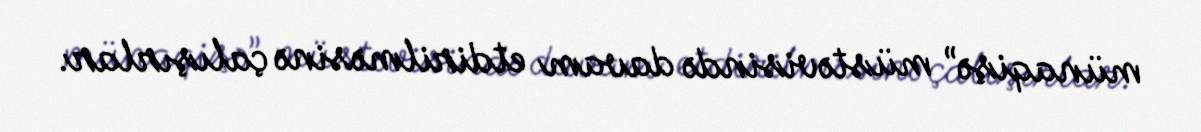
münaqişə” müstəvisində davam etdirilməsinə çalışırlar.